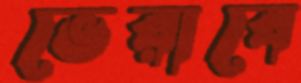
ভেরাবে